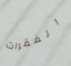
الفقرات